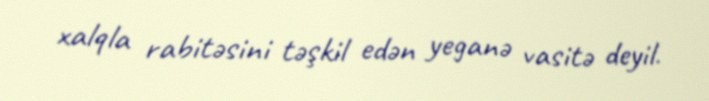
xalqla rabitəsini təşkil edən yeganə vasitə deyil.